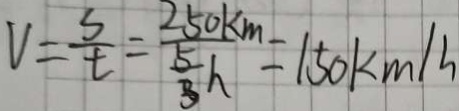
V = \frac { s } { t } = \frac { 2 5 0 k m } { \frac { 5 } { 3 } h } = 1 5 0 k m / h